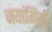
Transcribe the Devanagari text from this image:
जयांगिनी